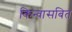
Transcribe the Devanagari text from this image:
किन्वासबित